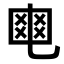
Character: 𤕣